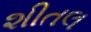
શીતલ